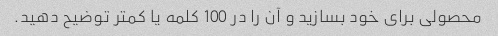
محصولی برای خود بسازید و آن را در 100 کلمه یا کمتر توضیح دهید.